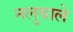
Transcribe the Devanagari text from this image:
नलुबाले